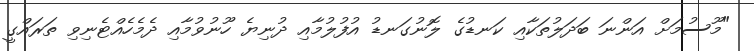
"މޫސުމަށް އަންނަ ބަދަލުތަކާއި ކަނޑުގެ ލޮނުގަނޑު އުފުލުމާއި ދުނިޔެ ހޫނުވުމާއި ދެމެހެއްޓެނިވި ތަރައްގީ